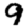
Digit: 9